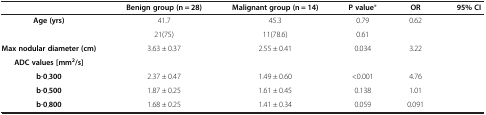
<table><thead><tr><td>[EMPTY_CELL]</td><td><b>Benign group (n = 28)</b></td><td><b>Malignant group (n = 14)</b></td><td><b>P value*</b></td><td><b>OR</b></td><td><b>95% CI</b></td></tr></thead><tbody><tr><td><b>Age (yrs)</b></td><td>41.7</td><td>45.3</td><td>0.79</td><td>0.62</td><td>[EMPTY_CELL]</td></tr><tr><td>[EMPTY_CELL]</td><td>21(75)</td><td>11(78.6)</td><td>0.61</td><td>[EMPTY_CELL]</td><td>[EMPTY_CELL]</td></tr><tr><td><b>Max nodular diameter (cm)</b></td><td>3.63 ± 0.37</td><td>2.55 ± 0.41</td><td>0.034</td><td>3.22</td><td>[EMPTY_CELL]</td></tr><tr><td><b>ADC values [mm</b><sup><b>2</b></sup><b>/s]</b></td><td>[EMPTY_CELL]</td><td>[EMPTY_CELL]</td><td>[EMPTY_CELL]</td><td>[EMPTY_CELL]</td><td>[EMPTY_CELL]</td></tr><tr><td><b>b-0,300</b></td><td>2.37 ± 0.47</td><td>1.49 ± 0.60</td><td>&lt;0.001</td><td>4.76</td><td>[EMPTY_CELL]</td></tr><tr><td><b>b-0,500</b></td><td>1.87 ± 0.25</td><td>1.61 ± 0.45</td><td>0.138</td><td>1.01</td><td>[EMPTY_CELL]</td></tr><tr><td><b>b-0,800</b></td><td>1.68 ± 0.25</td><td>1.41 ± 0.34</td><td>0.059</td><td>0.091</td><td>[EMPTY_CELL]</td></tr></tbody></table>